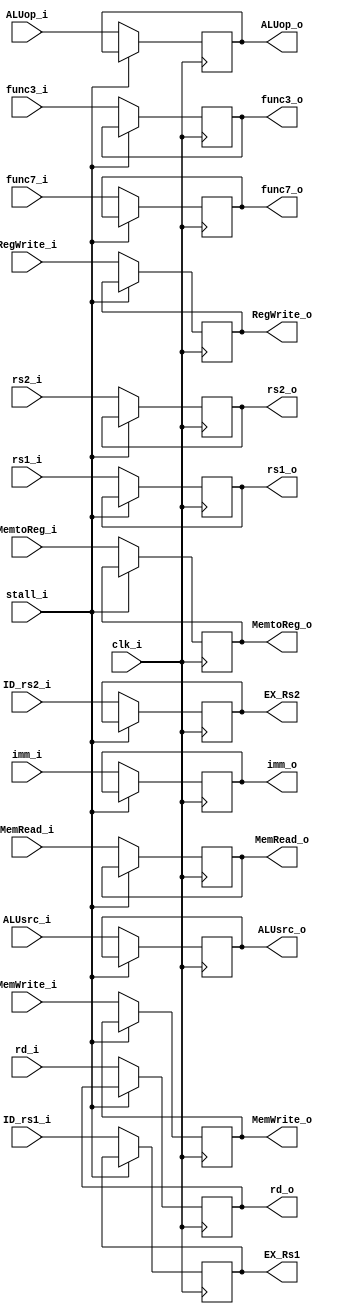
module ID_EXReg(clk_i, RegWrite_i, MemtoReg_i, MemRead_i, MemWrite_i, ALUop_i, ALUsrc_i, rs1_i, rs2_i, imm_i, func7_i, func3_i, ID_rs1_i, ID_rs2_i, rd_i, stall_i, RegWrite_o, MemtoReg_o, MemRead_o, MemWrite_o, ALUop_o, ALUsrc_o, rs1_o, rs2_o, imm_o, func7_o, func3_o, EX_Rs1, EX_Rs2, rd_o);

input clk_i;
input RegWrite_i;
input MemtoReg_i;
input MemRead_i;
input MemWrite_i;
input [1:0] ALUop_i;
input ALUsrc_i;
input [31:0] rs1_i;
input [31:0] rs2_i;
input [31:0] imm_i;
input [6:0] func7_i;
input [2:0] func3_i;
input [4:0] ID_rs1_i;
input [4:0] ID_rs2_i;
input [4:0] rd_i;
input stall_i;

output reg RegWrite_o;
output reg MemtoReg_o;
output reg MemRead_o;
output reg MemWrite_o;
output reg [1:0] ALUop_o;
output reg ALUsrc_o;
output reg [31:0] rs1_o;
output reg [31:0] rs2_o;
output reg [31:0] imm_o;
output reg [6:0] func7_o;
output reg [2:0] func3_o;
output reg [4:0] EX_Rs1;
output reg [4:0] EX_Rs2;
output reg [4:0] rd_o;

always @ (posedge clk_i)
begin
	if(stall_i == 0) begin
		RegWrite_o <= RegWrite_i;
		MemtoReg_o <= MemtoReg_i;
		MemRead_o <= MemRead_i;
		MemWrite_o <= MemWrite_i;
		ALUop_o <= ALUop_i;
		ALUsrc_o <= ALUsrc_i;
		rs1_o <= rs1_i;
		rs2_o <= rs2_i;
		imm_o <= imm_i;
		func7_o <= func7_i;
		func3_o <= func3_i;
		EX_Rs1 <= ID_rs1_i;
		EX_Rs2 <= ID_rs2_i;
		rd_o <= rd_i;
	end
end

endmodule